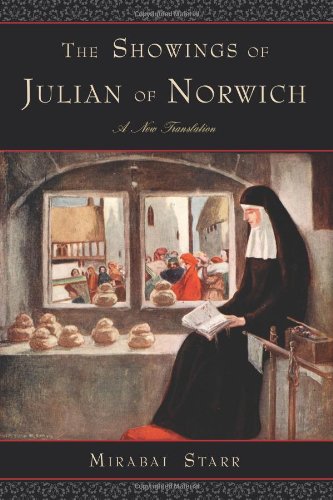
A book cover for The Showings of Julian of Norwich: A New Translation; Mirabai Starr; Christian Books & Bibles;